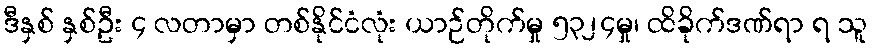
ဒီနှစ် နှစ်ဦး ၄ လတာမှာ တစ်နိုင်ငံလုံး ယာဉ်တိုက်မှု ၅၃၂၄မှု၊ ထိခိုက်ဒဏ်ရာ ရ သူ